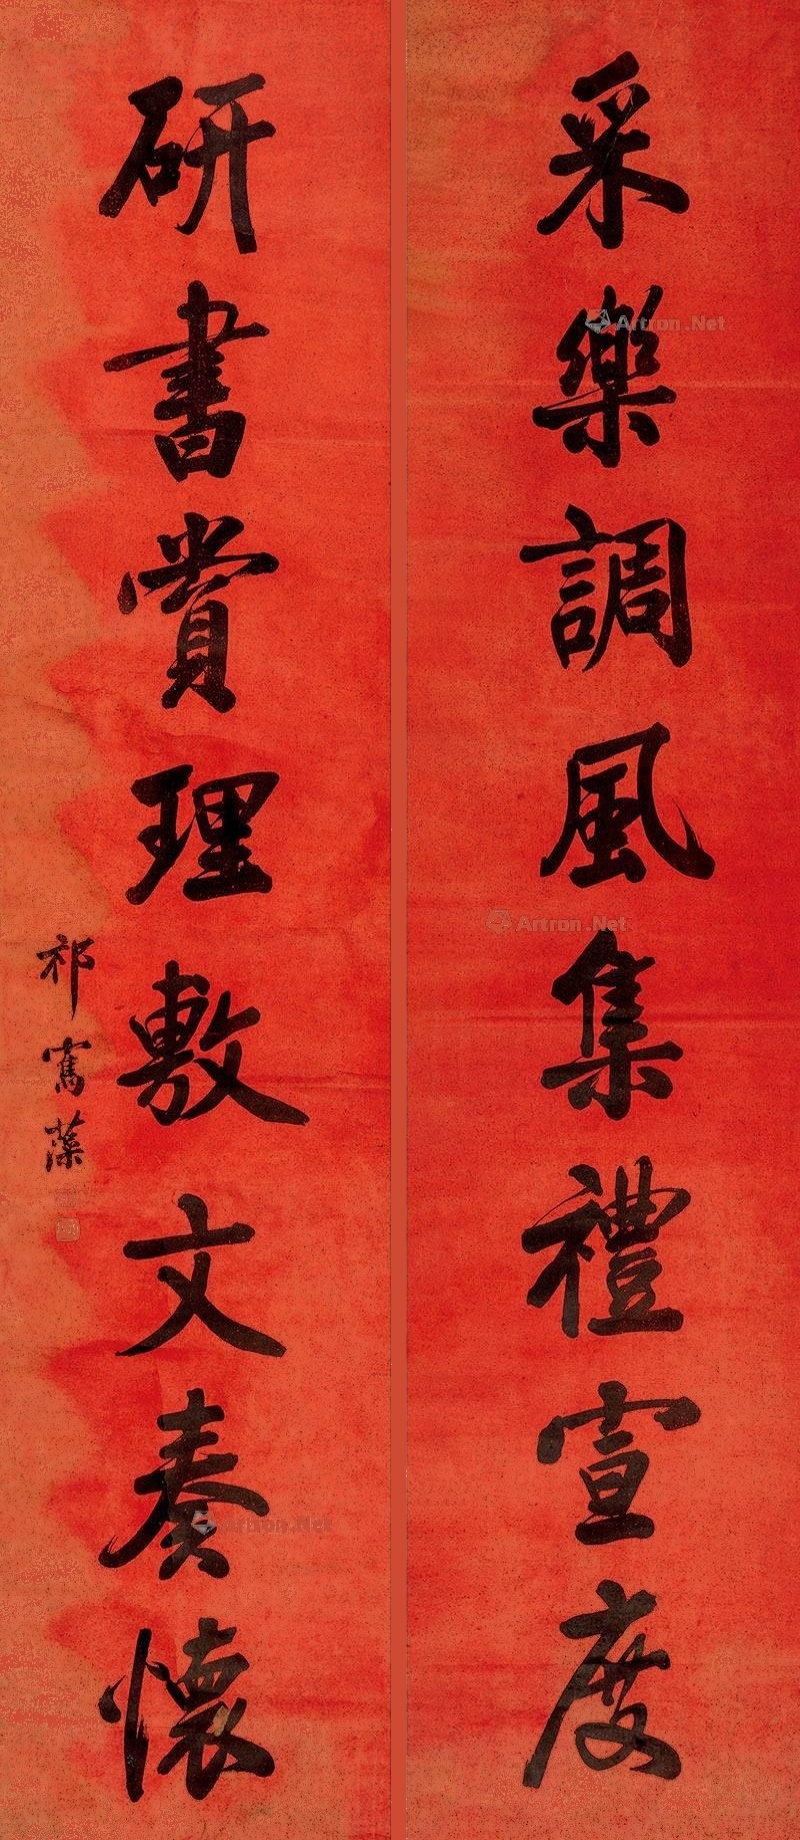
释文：采乐调风集礼宣度，研书赏理敷文奏怀。祁寯藻。